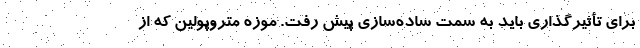
برای تأثیرگذاری باید به سمت ساده‌سازی پیش رفت. موزه متروپولین که از